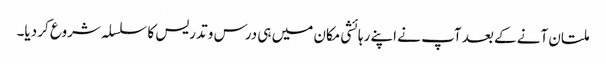
ملتان آنے کے بعد آپ نے اپنے رہائشی مکان میں ہی درس و تدریس کا سلسلہ شروع کر دیا۔